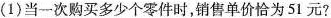
(1)当一次购买多少个零件时，销售单价恰为51元?